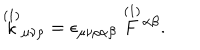
LaTeX: \stackrel { ( 1 ) } { \kappa } \! _ { \mu \nu \rho } = \epsilon _ { \mu \nu \rho \alpha \beta } \stackrel { ( 1 ) } { F } \! ^ { \alpha \beta } .